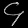
Digit: ၄